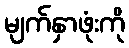
မျက်နှာဖုံးကို